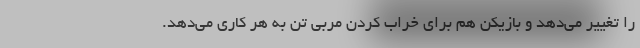
را تغییر می‌دهد و بازیکن هم برای خراب کردن مربی تن به هر کاری می‌دهد.